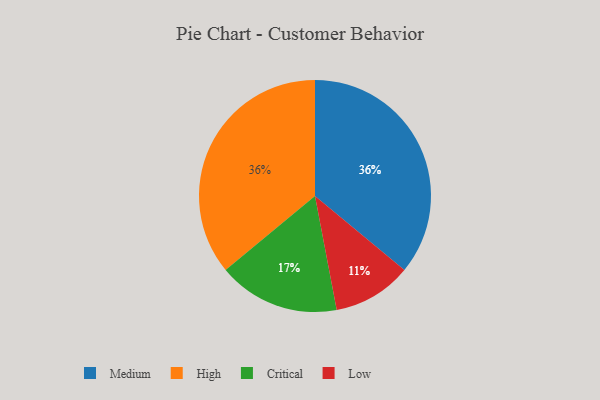
{"axis": {"x": "Category", "y": "Percentage"}, "legend": ["Critical", "High", "Low", "Medium"], "data": [{"x": "Medium", "y": 36, "type": "Medium"}, {"x": "Low", "y": 11, "type": "Low"}, {"x": "High", "y": 36, "type": "High"}, {"x": "Critical", "y": 17, "type": "Critical"}]}